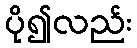
ပို၍လည်း